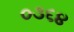
૦૩૬૪